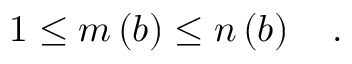
1 \le m \left( b \right) \le n \left( b \right) \quad .